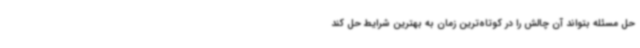
حل مسئله بتواند آن چالش را در کوتاه‌ترین زمان به بهترین شرایط حل کند